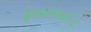
ફાયલાઈટ